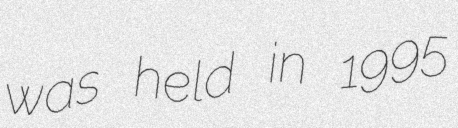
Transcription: was held in 1995